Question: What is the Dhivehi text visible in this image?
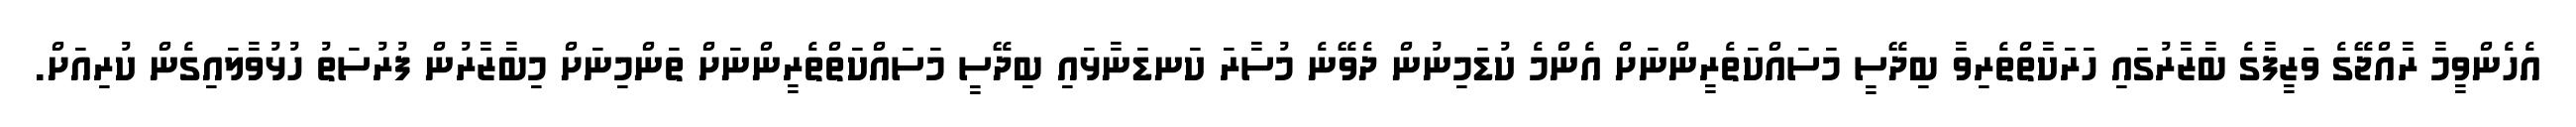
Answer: އެހެންވީމާ ރާއްޖޭގެ ވަޒީފާގެ ބާޒާރުގައި ހަރަކާތްތެރިވާ ބިދޭސީ މަސައްކަތެރީންނަށް އެންމެ ކުޑަމިނުން ދެވޭނެ މުސާރަ ކަނޑަނާޅައި ބިދޭސީ މަސައްކަތްތެރީންނަށް ތަންމިނަށް މިބާޒާރުން ފުރުސަތު ހުޅުވާލައިގެން ކުރިއަށް.